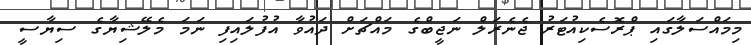
މިމައްސަލާގައި ޕްރޮސެކިއުޓަރު ޖެނެރަލް ނަޖީބްގެ މައްޗަށް ދައުވާ އުފުލައިފި ނަމަ މެލޭޝިޔާގެ ސިޔާސީ